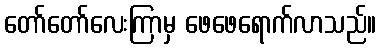
တော်တော်လေးကြာမှ ဖေဖေရောက်လာသည်။